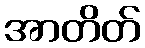
အာတိတ်